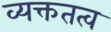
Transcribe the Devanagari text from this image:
व्यक्ततत्व